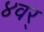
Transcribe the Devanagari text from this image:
४वर्